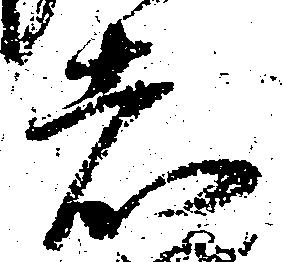
者